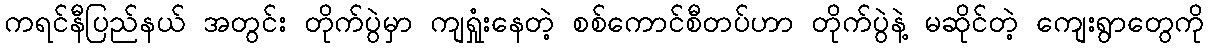
ကရင်နီပြည်နယ် အတွင်း တိုက်ပွဲမှာ ကျရှုံးနေတဲ့ စစ်ကောင်စီတပ်ဟာ တိုက်ပွဲနဲ့ မဆိုင်တဲ့ ကျေးရွာတွေကို